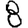
Digit: 8